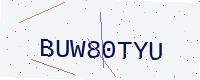
Text: BUW80TYU